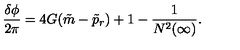
\frac { \delta \phi } { 2 \pi } = 4 G ( \tilde { m } - \tilde { p } _ { r } ) + 1 - \frac { 1 } { N ^ { 2 } ( \infty ) } .